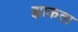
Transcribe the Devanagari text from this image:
झाकता